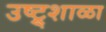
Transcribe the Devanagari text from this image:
उष्ट्र्शाळा